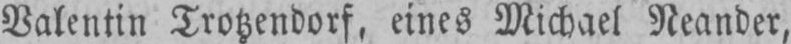
Valentin Trotzendorf, eines Michael Neander,